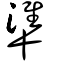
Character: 準